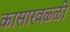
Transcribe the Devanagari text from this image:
कासारवळ्ळी